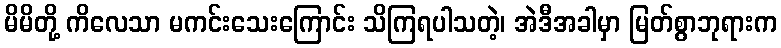
မိမိတို့ ကိလေသာ မကင်းသေးကြောင်း သိကြရပါသတဲ့၊ အဲဒီအခါမှာ မြတ်စွာဘုရားက